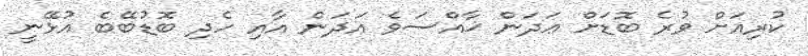
ކުރިއަށް ވުރެ ބޮޑަށް ޢަދަން ޚާއްސަވެ އަދަން އާއި ހެދި ބޮޑުބޭބެ އުޅޭނީ